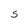
Character: S